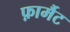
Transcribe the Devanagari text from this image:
फ़ार्मैट